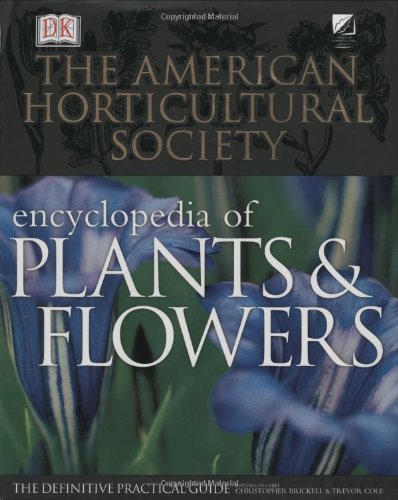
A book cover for The American Horticultural Society Encyclopedia of Plants and Flowers (American Horticultural Society Practical Guides); Christopher Brickell; Crafts, Hobbies & Home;